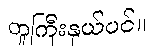
တူကြီးနှယ်ပင်။